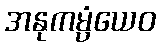
အနုကမ္ပံယေဝ